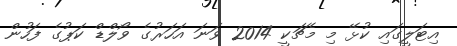
އިޓަލީގައި ކުޅޭ މި މެޗަކީ 2014 ވަނަ އަހަރުގެ ވޯލްޑް ކަޕުގެ ފަހުން